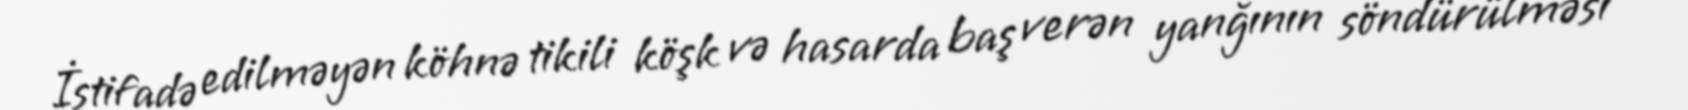
İstifadə edilməyən köhnə tikili köşk və hasarda baş verən yanğının söndürülməsi